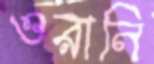
ওরানি